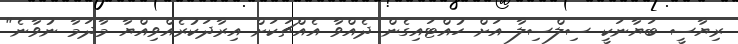
ރިޔާސީ ބަޔާނަކީ ސިލްސިލާ އަށް ހުއްޓައިގެން ދެއްވާ އެއްޗަކަށް އިރާދަކުރެއްވިއްޔާ މާދަމާ ނުވާނެ"